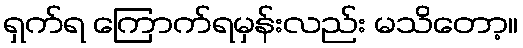
ရှက်ရ ကြောက်ရမှန်းလည်း မသိတော့။